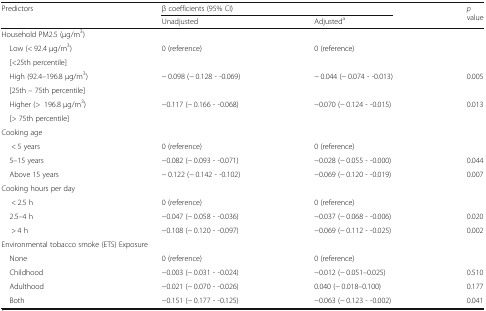
<table><thead><tr><td rowspan="2"><b>Predictors</b></td><td colspan="2"><b>β coefficients (95% CI)</b></td><td rowspan="2"><b><i>p</i> value</b></td></tr><tr><td><b>Unadjusted</b></td><td><b>Adjusted<sup>a</sup></b></td></tr></thead><tbody><tr><td colspan="4">Household PM2.5 (μg/m<sup>3</sup>)</td></tr><tr><td> Low (&lt; 92.4 μg/m<sup>3</sup>)</td><td rowspan="2">0 (reference)</td><td rowspan="2">0 (reference)</td><td rowspan="2"></td></tr><tr><td> [&lt;25th percentile]</td></tr><tr><td> High (92.4–196.8 μg/m<sup>3</sup>)</td><td rowspan="2">− 0.098 (− 0.128 - -0.069)</td><td rowspan="2">− 0.044 (− 0.074 - -0.013)</td><td rowspan="2">0.005</td></tr><tr><td> [25th – 75th percentile]</td></tr><tr><td> Higher (&gt;196.8 μg/m<sup>3</sup>)</td><td rowspan="2">−0.117 (− 0.166 - -0.068)</td><td rowspan="2">−0.070 (− 0.124 - -0.015)</td><td rowspan="2">0.013</td></tr><tr><td> [&gt; 75th percentile]</td></tr><tr><td colspan="4">Cooking age</td></tr><tr><td>&lt; 5 years</td><td>0 (reference)</td><td>0 (reference)</td><td></td></tr><tr><td> 5–15 years</td><td>−0.082 (− 0.093 - -0.071)</td><td>−0.028 (− 0.055 - -0.000)</td><td>0.044</td></tr><tr><td> Above 15 years</td><td>− 0.122 (− 0.142 - -0.102)</td><td>−0.069 (− 0.120 - -0.019)</td><td>0.007</td></tr><tr><td colspan="4">Cooking hours per day</td></tr><tr><td>&lt; 2.5 h</td><td>0 (reference)</td><td>0 (reference)</td><td></td></tr><tr><td> 2.5–4 h</td><td>−0.047 (− 0.058 - -0.036)</td><td>−0.037 (− 0.068 - -0.006)</td><td>0.020</td></tr><tr><td>&gt; 4 h</td><td>−0.108 (− 0.120 - -0.097)</td><td>−0.069 (− 0.112 - -0.025)</td><td>0.002</td></tr><tr><td colspan="4">Environmental tobacco smoke (ETS) Exposure</td></tr><tr><td> None</td><td>0 (reference)</td><td>0 (reference)</td><td></td></tr><tr><td> Childhood</td><td>−0.003 (− 0.031 - -0.024)</td><td>−0.012 (− 0.051–0.025)</td><td>0.510</td></tr><tr><td> Adulthood</td><td>−0.021 (− 0.070 - -0.026)</td><td>0.040 (− 0.018–0.100)</td><td>0.177</td></tr><tr><td> Both</td><td>−0.151 (− 0.177 - -0.125)</td><td>−0.063 (− 0.123 - -0.002)</td><td>0.041</td></tr></tbody></table>